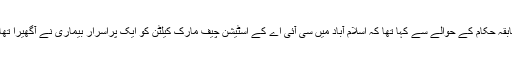
"اخبار نے امریکہ کے موجودہ اور سابقہ حکام کے حوالے سے کہا تھا کہ اسلام آباد میں سی آئی اے کے اسٹیشن چیف مارک کیلٹن کو ایک پراسرار بیماری نے آگھیرا تھا اور انھیں انتہائی تکلیف کا سامنا رہا۔